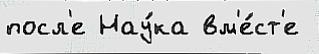
посл'е Нау́ка вм'е́ст'е